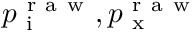
p _ { \mathrm { ~ i ~ } } ^ { \mathrm { ~ r ~ a ~ w ~ } } , p _ { \mathrm { ~ x ~ } } ^ { \mathrm { ~ r ~ a ~ w ~ } }